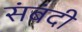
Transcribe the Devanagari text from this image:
संबंदी